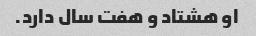
او هشتاد و هفت سال دارد.